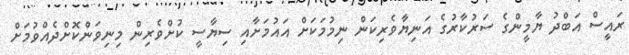
ރައީސް އަބްދު ޔާމީންގެ ސަރުކާރުގެ އަނިޔާވެރިކަން ނިމުމަކަށް އައުމަށާއި ސިޔާސީ ކުށްވެރިން މިނިވަންކޮށްދެއްވުމަށް